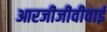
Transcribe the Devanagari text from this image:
आरजीजीवीवाई